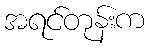
အရင်တုန်းက